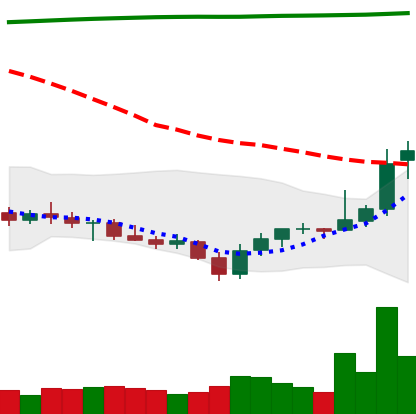
Ticker: XRP-USD
Chart end date: 2021-07-29
Forward return: -4.718%
Label: down_3_5